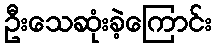
ဦးသေဆုံးခဲ့ကြောင်း